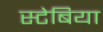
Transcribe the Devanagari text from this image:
स्टेबिया